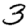
Digit: 3